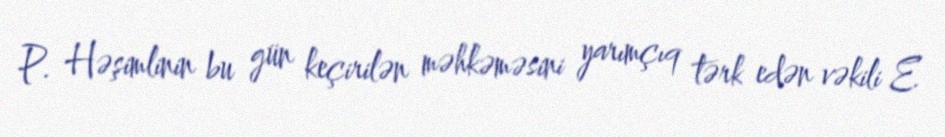
P. Həşimlinin bu gün keçirilən məhkəməsini yarımçıq tərk edən vəkili E.